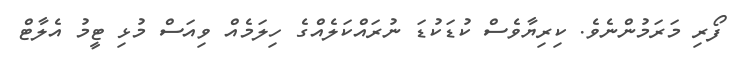
ފޯރި މަރަމުންނެވެ. ކިރިޔާވެސް ކުޑަކުޑަ ނުރައްކަލެއްގެ ހިލަމެއް ވިއަސް މުޅި ޓީމު އެލާޓް